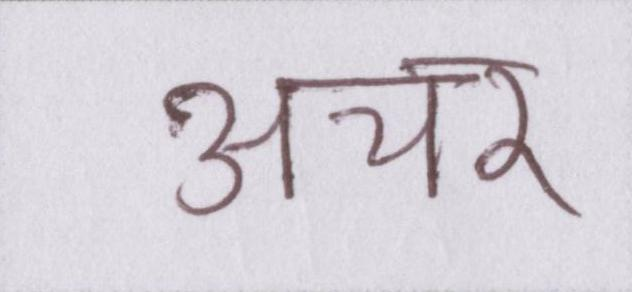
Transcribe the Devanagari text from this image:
अचर